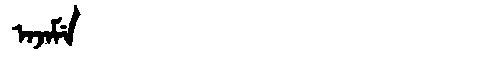
Manchu: ᠠᠵᠠᠮᡝ
Romanization: AJAME